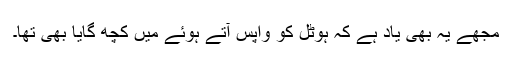
مجھے یہ بھی یاد ہے کہ ہوٹل کو واپس آتے ہوئے میں کچھ گایا بھی تھا۔